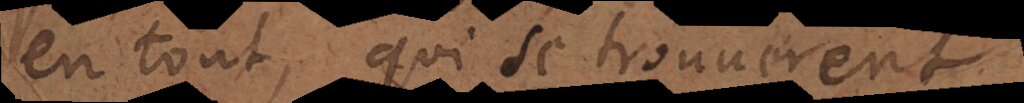
en tout, qui se trouverent